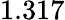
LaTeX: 1.317